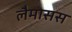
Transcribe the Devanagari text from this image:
लैमासस